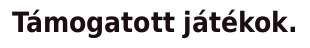
Támogatott játékok.